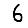
Digit: 6